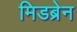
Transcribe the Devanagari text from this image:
मिडब्रेन